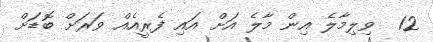
12  ވިލިމާލެ އިން މާލެ އަށް އައި ފެރީއެއް ވަރަށް ބޮޑަށް